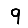
Digit: 9